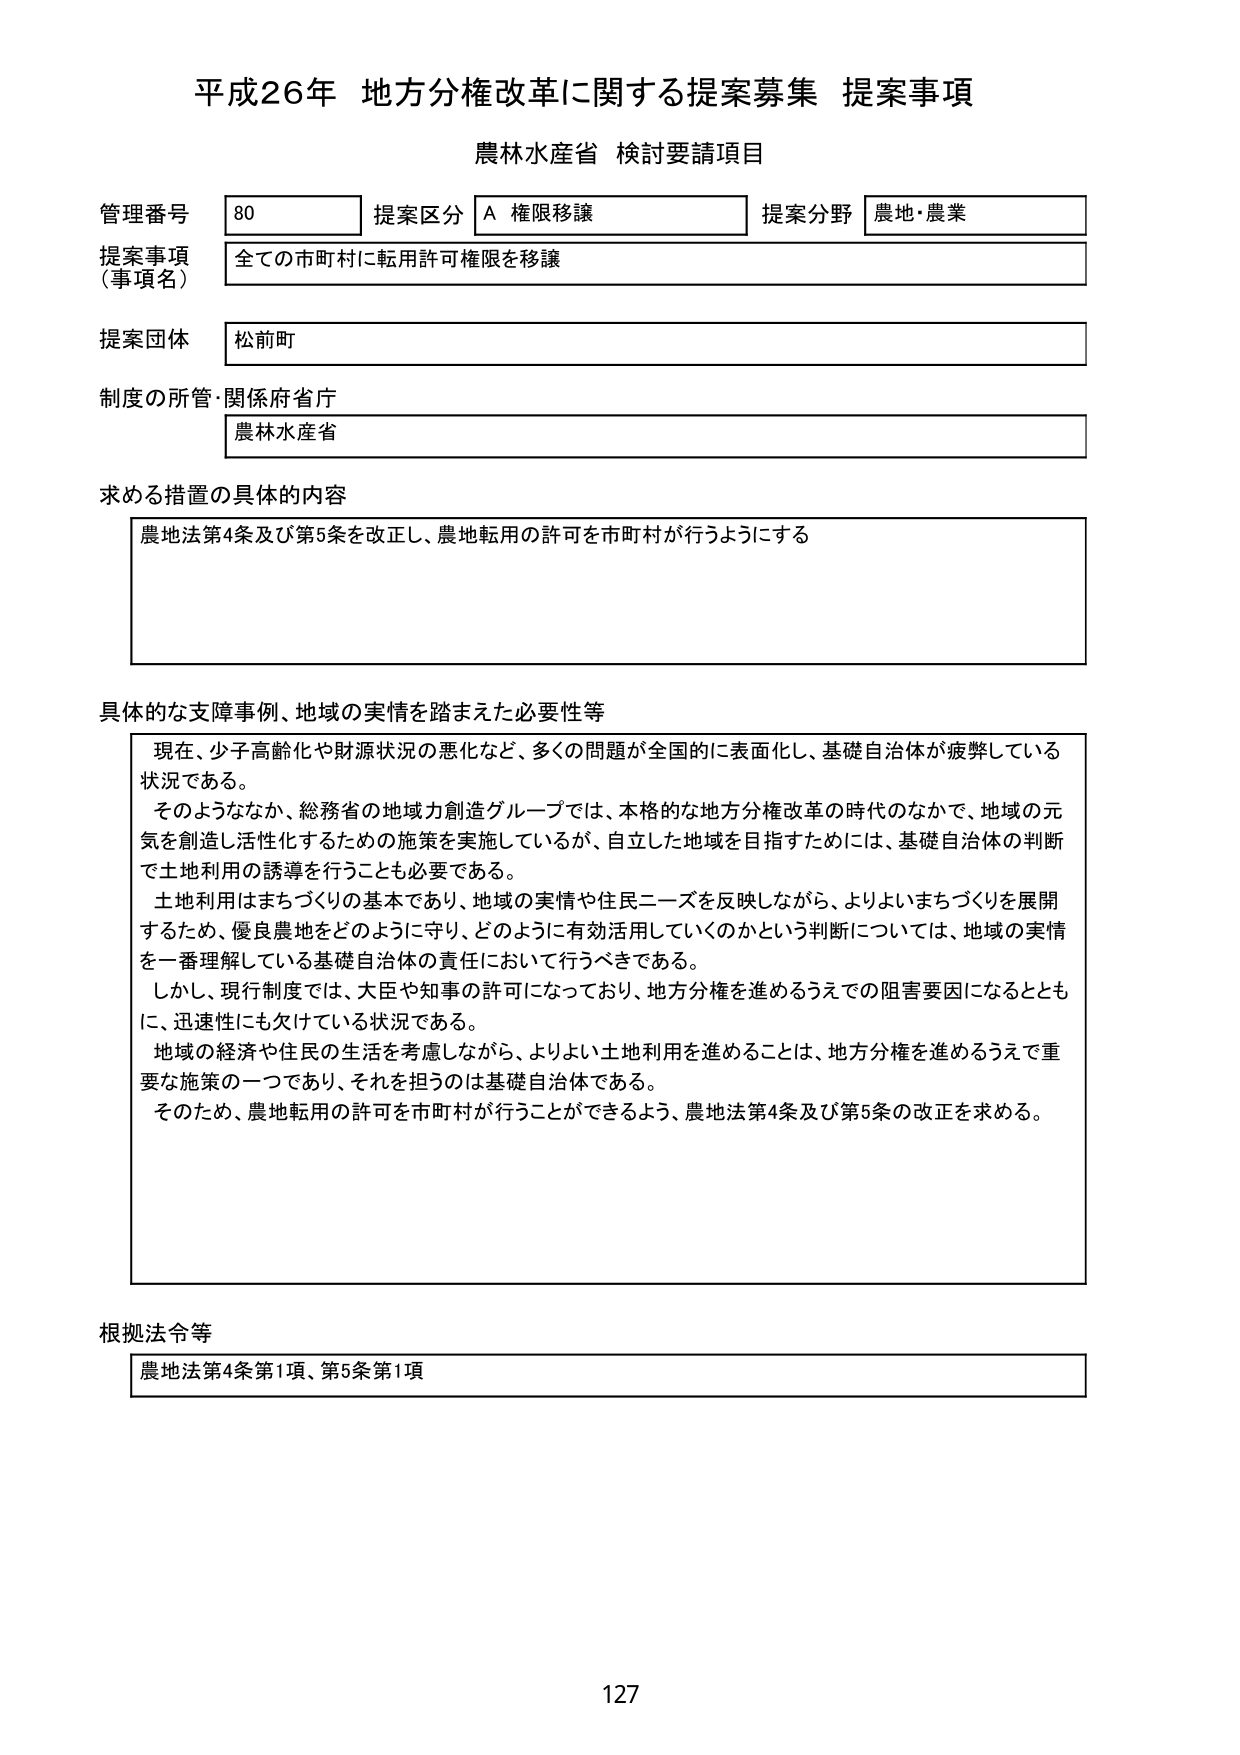
平成26年 地方分権改革に関する提案募集 提案事項
農林水産省 検討要請項目

管理番号 80 提案区分 A 権限移譲 提案分野 農地・農業
提案事項（事項名） 全ての市町村に転用許可権限を移譲
提案団体 松前町
制度の所管・関係府省庁 農林水産省

求める措置の具体的な内容
農地法第4条及び第5条を改正し、農地転用の許可を市町村が行うようにする

具体的な支障事例、地域の実情を踏まえた必要性等
現在、少子高齢化や財源状況の悪化など、多くの問題が全国的に表面化し、基礎自治体が疲弊している状況である。
そのようななか、総務省の地域力創造グループでは、本格的な地方分権改革の時代のなかで、地域の元気を創造し活性化するための施策を実施しているが、自立した地域を目指すためには、基礎自治体の判断で土地利用の誘導を行うことも必要である。
土地利用はまちづくりの基本であり、地域の実情や住民ニーズを反映しながら、よりよいまちづくりを展開するため、優良農地をどのように守り、どのように有効活用していくのかという判断については、地域の実情を一番理解している基礎自治体の責任において行うべきである。
しかし、現行制度では、大臣や知事の許可になっており、地方分権を進めるうえでの阻害要因になるとともに、迅速性にも欠けている状況である。
地域の経済や住民の生活を考慮しながら、よりよい土地利用を進めることは、地方分権を進めるうえで重要な施策の一つであり、それを担うのは基礎自治体である。
そのため、農地転用の許可を市町村が行うことができるよう、農地法第4条及び第5条の改正を求める。

根拠法令等
農地法第4条第1項、第5条第1項

127